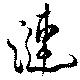
漣